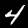
Label: 4